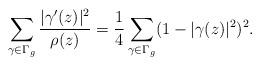
LaTeX: \begin{align*} \sum_{\gamma \in \Gamma_g} \frac{|\gamma'(z)|^2}{\rho(z)}=\frac{1}{4} \sum_{\gamma \in \Gamma_g} (1-|\gamma(z)|^2)^2.\end{align*}